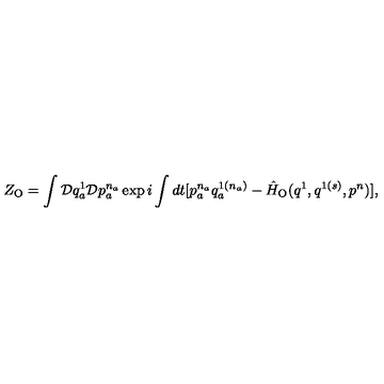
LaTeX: Z _ { \mathrm { O } } = \int { \cal D } q _ { a } ^ { 1 } { \cal D } p _ { a } ^ { n _ { a } } \exp i \int d t [ p _ { a } ^ { n _ { a } } q _ { a } ^ { 1 ( n _ { a } ) } - \hat { H } _ { \mathrm { O } } ( q ^ { 1 } , q ^ { 1 ( s ) } , p ^ { n } ) ] ,